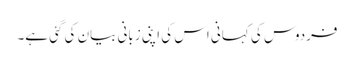
فردوس کی کہانی اس کی اپنی زبانی بیان کی گئی ہے۔